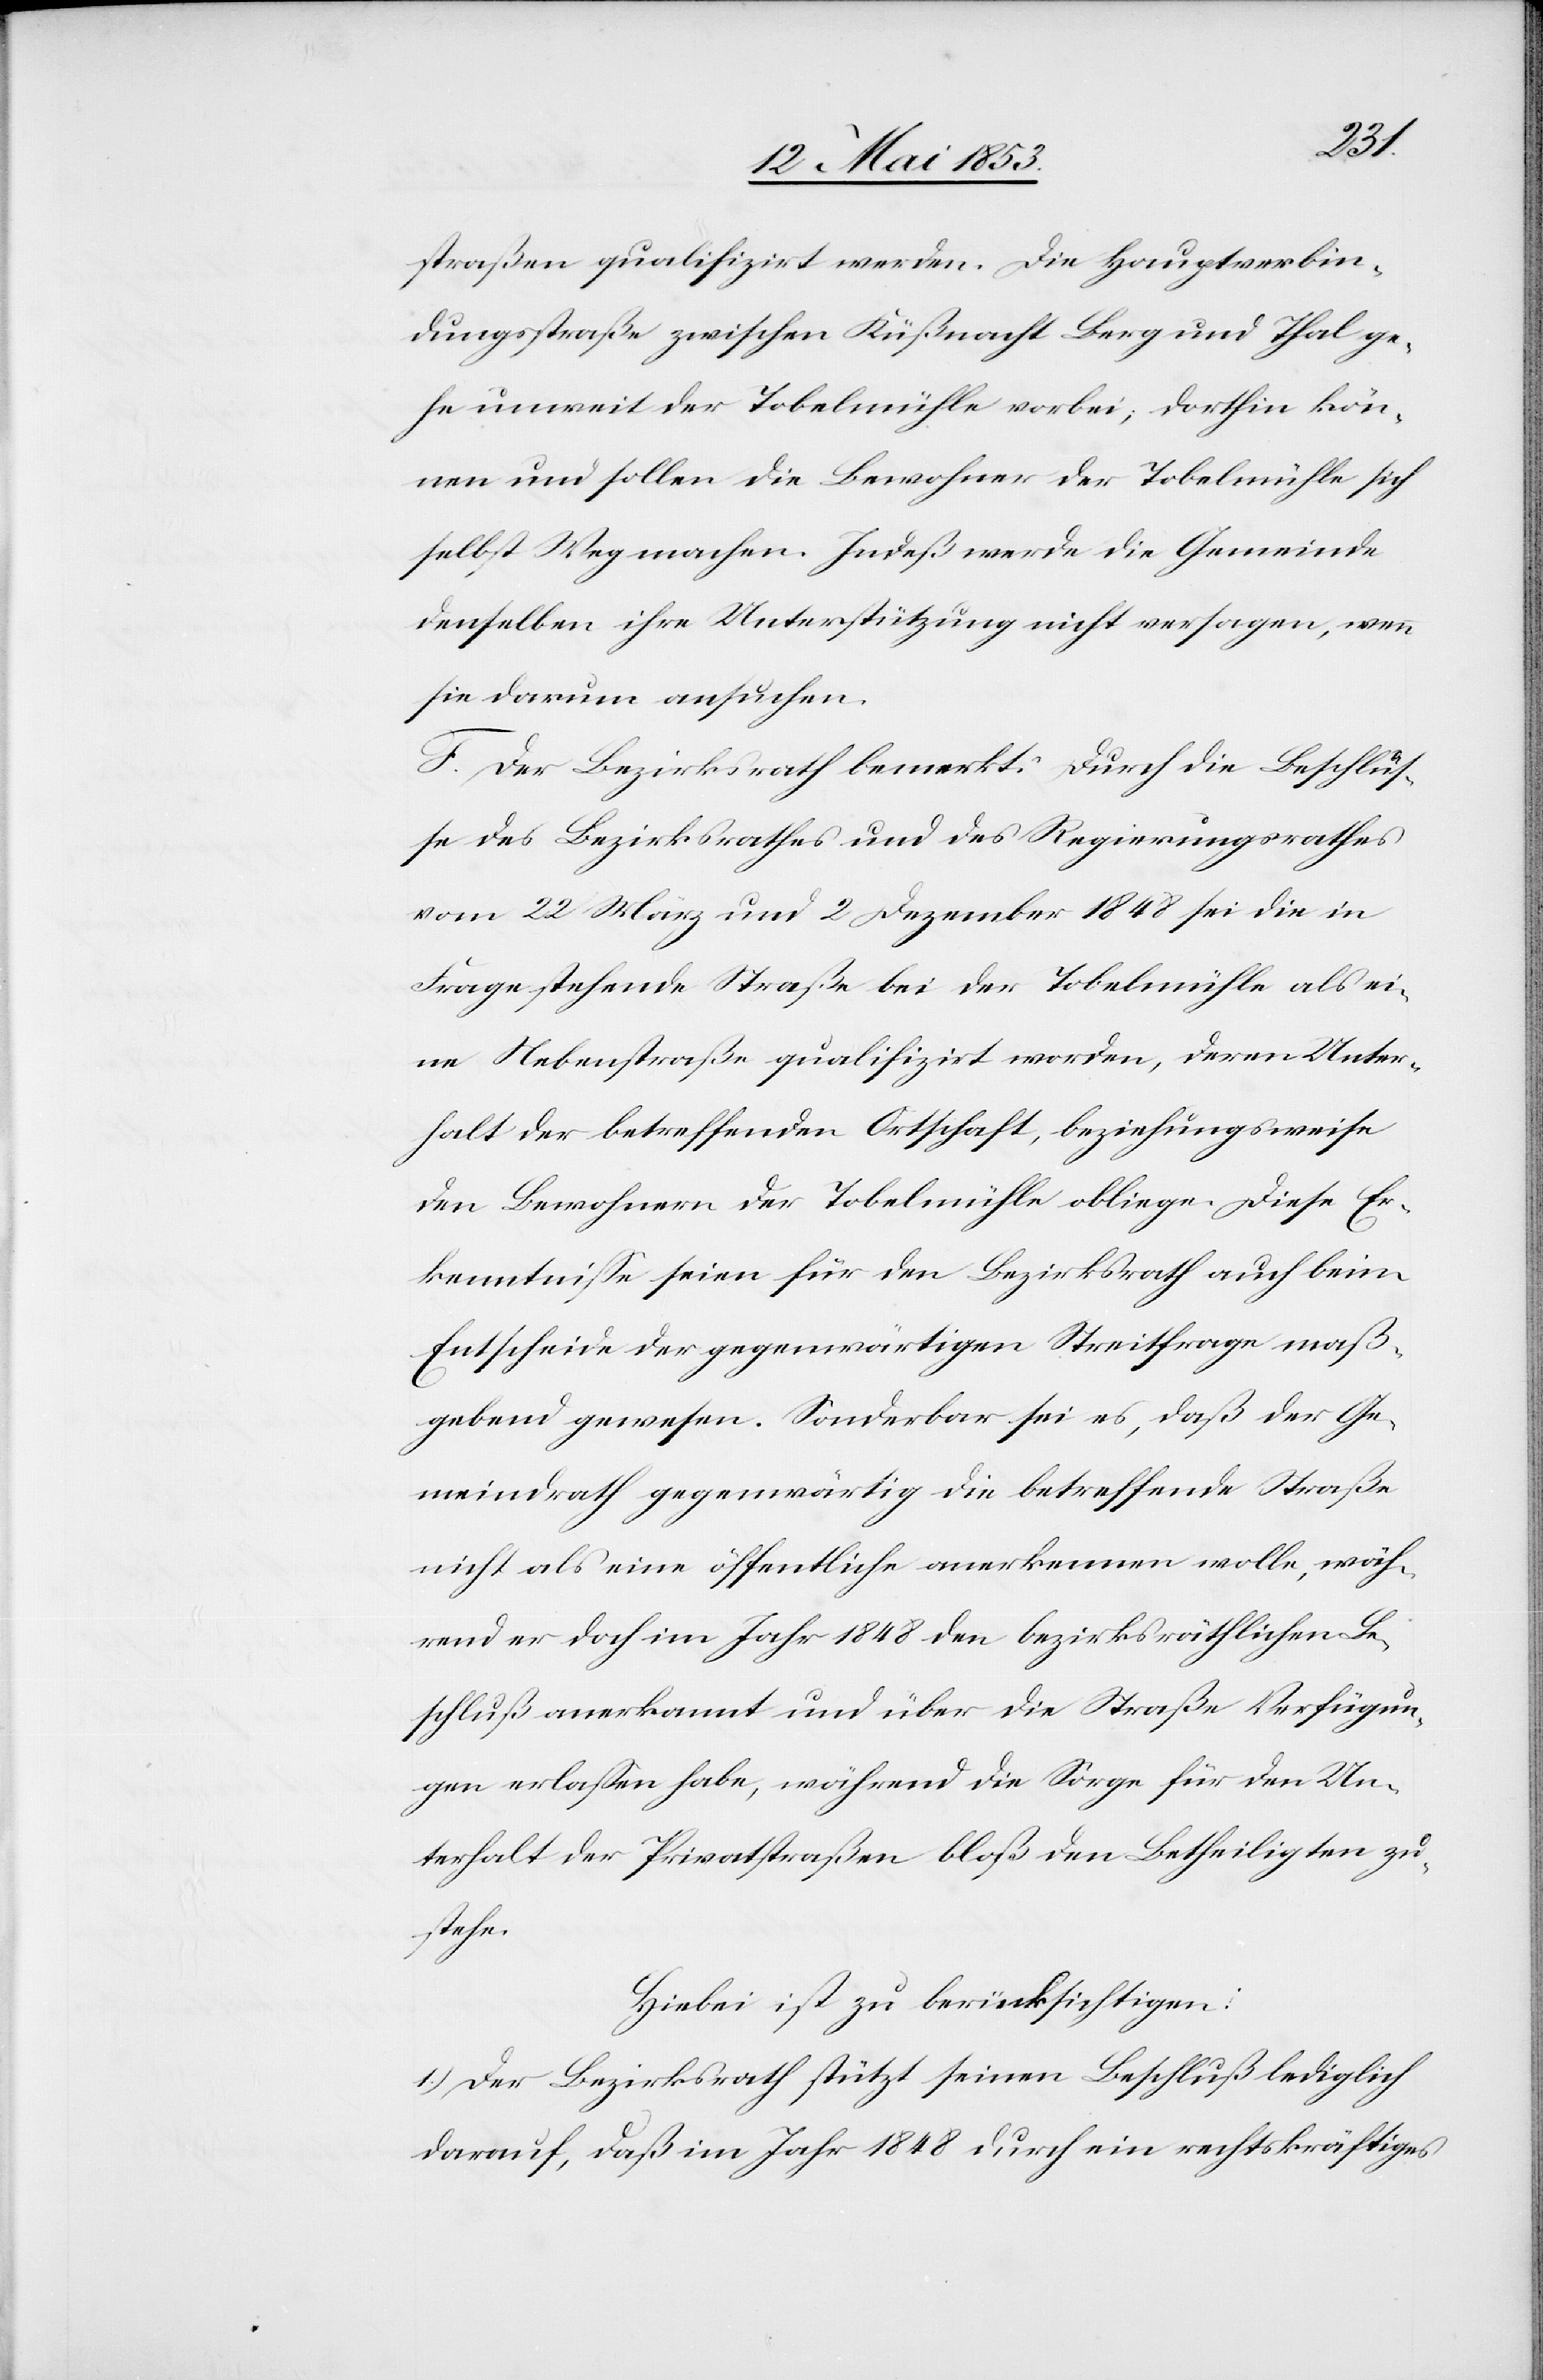
straßen qualifizirt werden. Die Hauptverbin¬
dungsstraße zwischen Küßnacht Berg und Thal ge¬
he unweit der Tobelmühle vorbei; dorthin kön¬
nen und sollen die Bewohner der Tobelmühle sich
selbst Weg machen. Indeß werde die Gemeinde
denselben ihre Unterstützung nicht versagen, wenn
sie darum ansuchen.
F. Der Bezirksrath bemerkt: Durch die Beschlüs¬
se des Bezirksrathes und des Regierungsrathes
vom 22 März und 2 Dezember 1848 sei die in
Frage stehende Straße bei der Tobelmühle als ei¬
ne Nebenstraße qualifizirt worden, deren Unter¬
halt der betreffenden Ortschaft, beziehungsweise
den Bewohnern der Tobelmühle obliege. Diese Er¬
kenntniße seien für den Bezirksrath auch beim
Entscheide der gegenwärtigen Streitfrage maß¬
gebend gewesen. Sonderbar sei es, daß der Ge¬
meindrath gegenwärtig die betreffende Straße
nicht als eine öffentliche anerkennen wolle, wäh¬
rend er doch im Jahr 1848 den bezirksräthlichen Be¬
schluß anerkannt und über die Straße Verfügun¬
gen erlaßen habe, während die Sorge für den Un¬
terhalt der Privatstraßen bloß den Betheiligten zu¬
stehe.
Hiebei ist zu berücksichtigen:
1.) Der Bezirksrath stützt seinen Beschluß lediglich
darauf, daß im Jahr 1848 durch ein rechtskräftiges